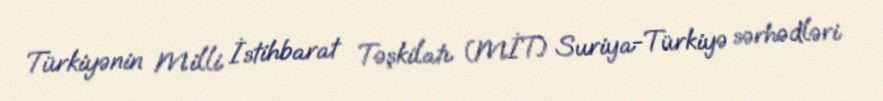
Türkiyənin Milli İstihbarat Təşkilatı (MİT) Suriya-Türkiyə sərhədləri